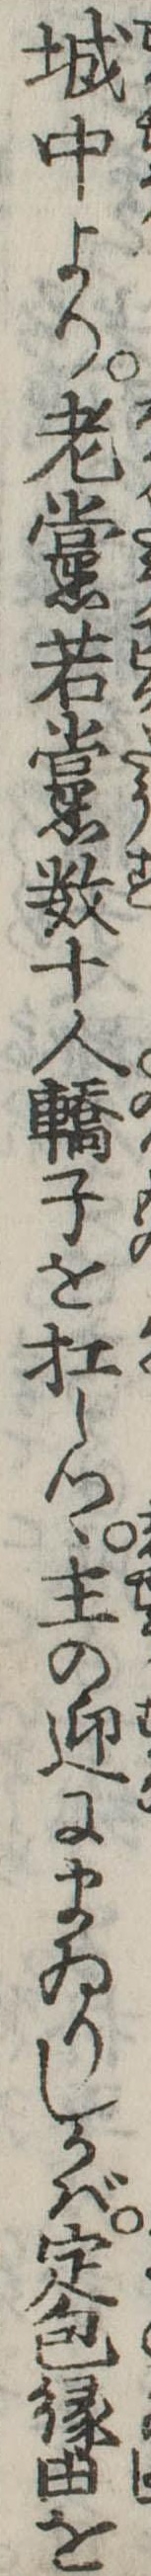
城中より老黨若黨数十人轎子を扛しつゝ主の迎にまゐりしかば定包縁由を